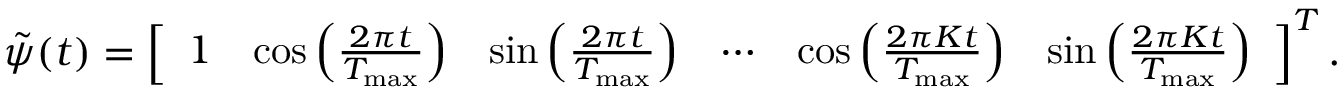
\begin{array} { r } { \Tilde { \psi } ( t ) = \left[ \begin{array} { l l l l l l } { 1 } & { \cos { \left( \frac { 2 \pi t } { T _ { \mathrm { m a x } } } \right) } } & { \sin { \left( \frac { 2 \pi t } { T _ { \mathrm { m a x } } } \right) } } & { \cdots } & { \cos { \left( \frac { 2 \pi K t } { T _ { \mathrm { m a x } } } \right) } } & { \sin { \left( \frac { 2 \pi K t } { T _ { \mathrm { m a x } } } \right) } } \end{array} \right] ^ { T } . } \end{array}